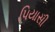
પિયાસી